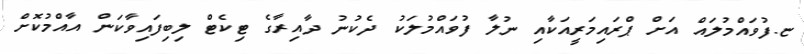
ޏ.ފުވައްމުލައް އަށް ޕްރައިމަރީއަކާއި ނުލާ ފުވައްމުލަކު ދެކުނު ދާއިރާގެ ޓިކެޓް ލިބިފައިވާކަން އާއްމުކޮށް